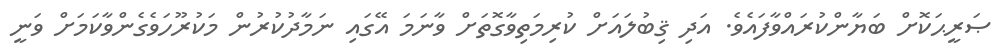
ޞަރީޙަކޮށް ބަޔާންކުރައްވާފައެވެ. އަދި ޤިބުލައަށް ކުރިމަތިވާގޮތަށް ވާނަމަ އޭގައި ނަމާދުކުރުން މަކުރޫހަވެގެންވާކަމަށް ވަނީ